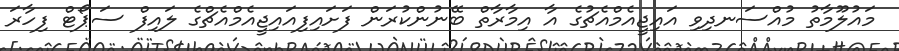
މައުލޫމާތު މުއްސަނދިވި އައިޖީއެމްއެޗުގެ އާ އިމާރާތް ބޭނުންކުރަން ފަށައިފިއައިޖީއެމްއެޗްގެ ލައިފް ސަޕޯޓް ފިހާރަ